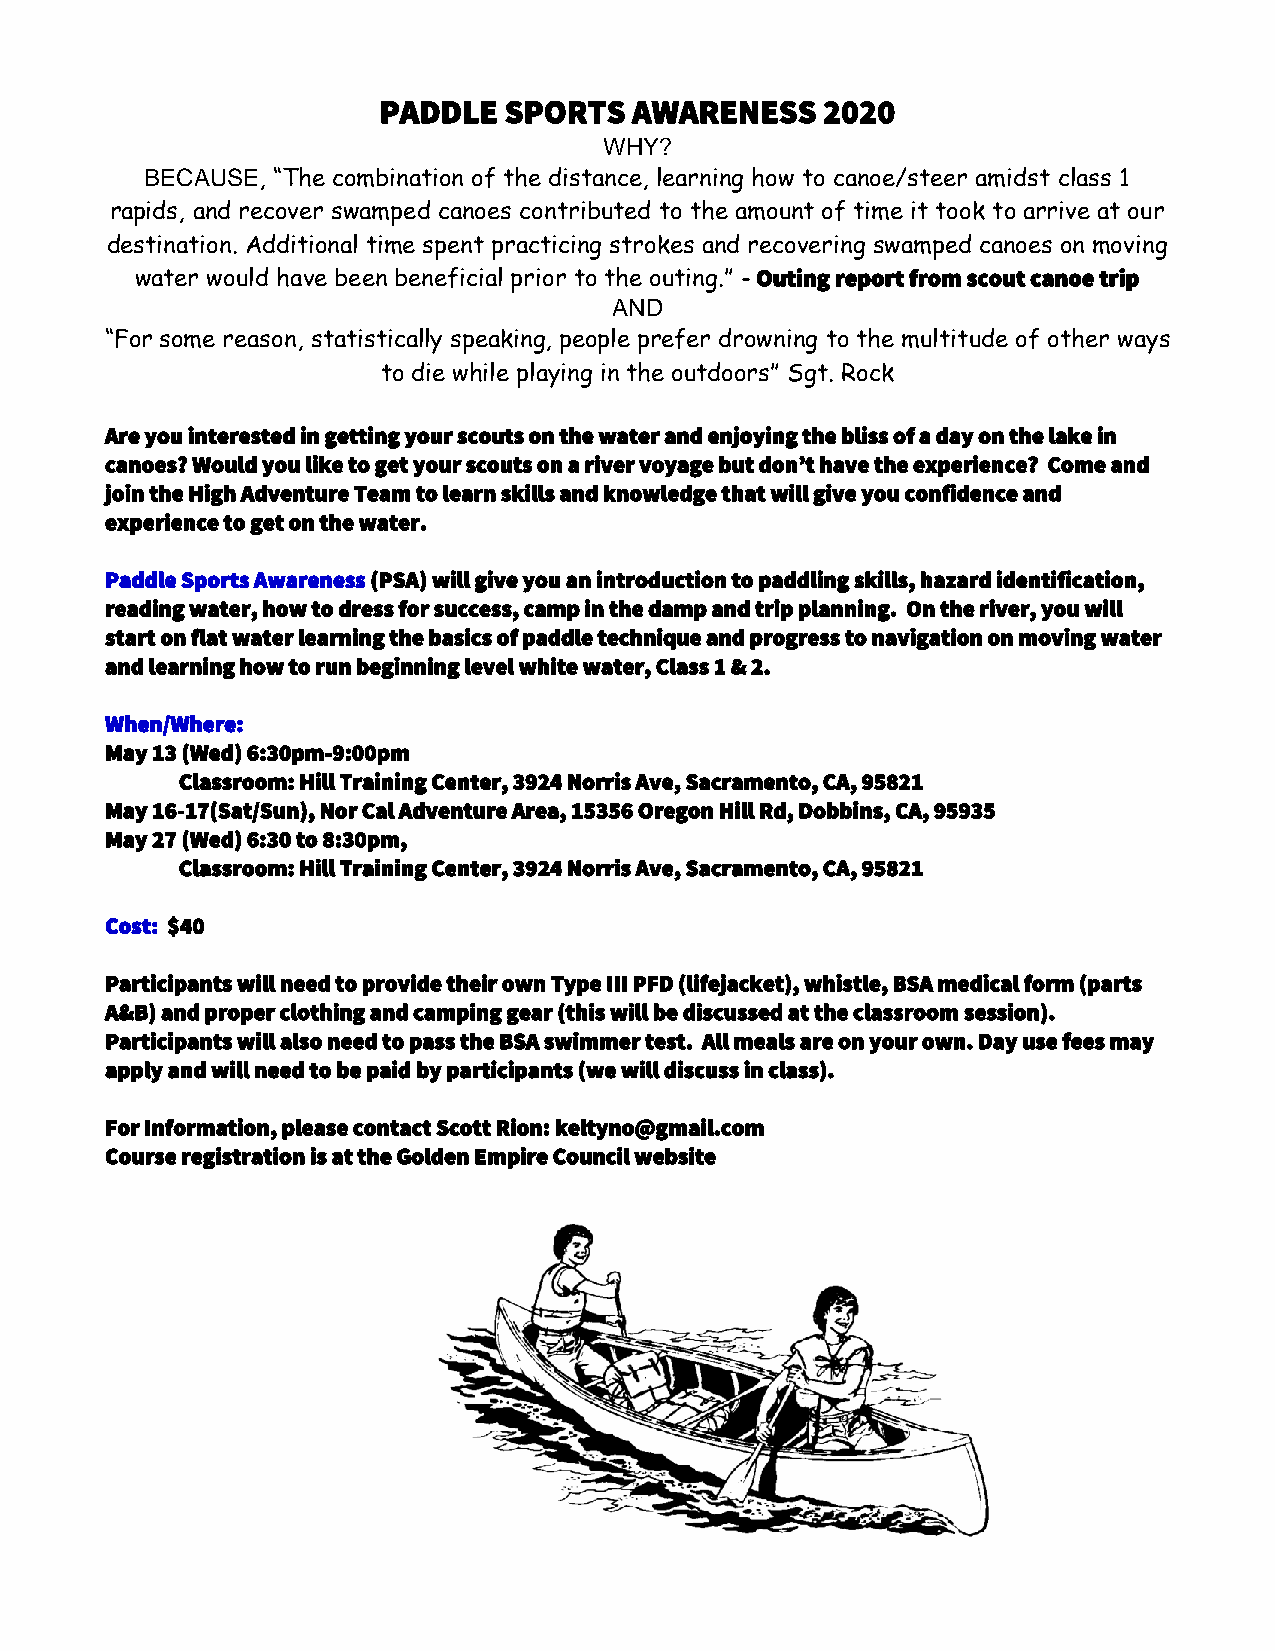
PADDLE  SPORTS   AWARENESS   2020
 WHY?
 BECAUSE, “The combination of the distance, learning how to canoe/steer amidst class 1
 rapids, and recover swamped canoes contributed to the amount of time it took to arrive at our
 destination. Additional time spent practicing strokes and recovering swamped canoes on moving
 water would have been beneficial prior to the outing.” - Outing report from scout canoe trip
 AND
 “For some reason, statistically speaking, people prefer drowning to the multitude of other ways
 to die while playing in the outdoors” Sgt. Rock
 Are you interested in getting your scouts on the water and enjoying the bliss of a day on the lake in
 canoes? Would you like to get your scouts on a river voyage but don’t have the experience? Come and
 join the High Adventure Team to learn skills and knowledge that will give you confidence and
 experience to get on the water.
 Paddle Sports Awareness (PSA) will give you an introduction to paddling skills, hazard identification,
 reading water, how to dress for success, camp in the damp and trip planning. On the river, you will
 start on flat water learning the basics of paddle technique and progress to navigation on moving water
 and learning how to run beginning level white water, Class 1 & 2.
 When/Where:
 May 13 (Wed) 6:30pm-9:00pm
 Classroom: Hill Training Center, 3924 Norris Ave, Sacramento, CA, 95821
 May 16-17(Sat/Sun), Nor Cal Adventure Area, 15356 Oregon Hill Rd, Dobbins, CA, 95935
 May 27 (Wed) 6:30 to 8:30pm,
 Classroom: Hill Training Center, 3924 Norris Ave, Sacramento, CA, 95821
 Cost: $40
 Participants will need to provide their own Type III PFD (lifejacket), whistle, BSA medical form (parts
 A&B) and proper clothing and camping gear (this will be discussed at the classroom session).
 Participants will also need to pass the BSA swimmer test. All meals are on your own. Day use fees may
 apply and will need to be paid by participants (we will discuss in class).
 For Information, please contact Scott Rion: keltyno@gmail.com
 Course registration is at the Golden Empire Council website